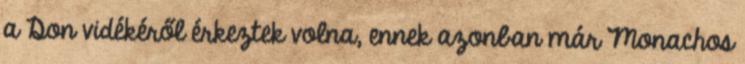
a Don vidékéről érkeztek volna, ennek azonban már Monachos